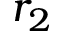
r _ { 2 }